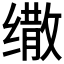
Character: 𰬷